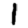
Digit: 1